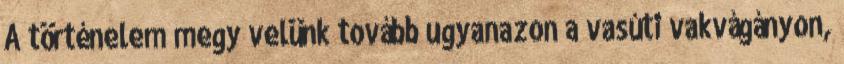
A történelem megy velünk tovább ugyana­zon a vasúti vakvágányon,